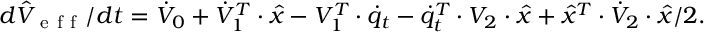
d \hat { V } _ { \mathrm { ~ e ~ f ~ f ~ } } / d t = \dot { V } _ { 0 } + \dot { V } _ { 1 } ^ { T } \cdot \hat { x } - V _ { 1 } ^ { T } \cdot \dot { q } _ { t } - \dot { q } _ { t } ^ { T } \cdot V _ { 2 } \cdot \hat { x } + \hat { x } ^ { T } \cdot \dot { V } _ { 2 } \cdot \hat { x } / 2 .